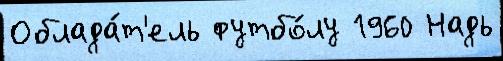
Облада́т'ель футбо́лу 1960 Надь